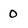
Character: 0